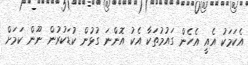
އެކަމަކު އެއީ އެހެން ގައުމުތަކާ އެކު އޮންނަ ގުޅުން ކުޑަކުރުން ނޫން ކަމަށް